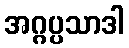
အဂ္ဂပ္ပသာဒါ